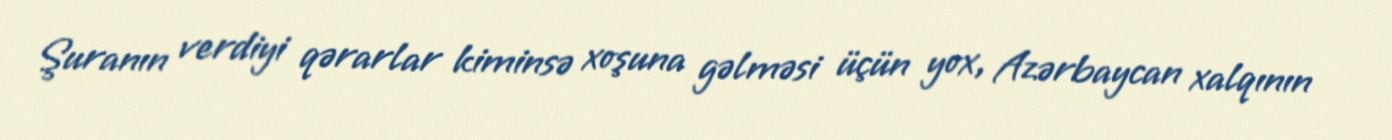
Şuranın verdiyi qərarlar kiminsə xoşuna gəlməsi üçün yox, Azərbaycan xalqının